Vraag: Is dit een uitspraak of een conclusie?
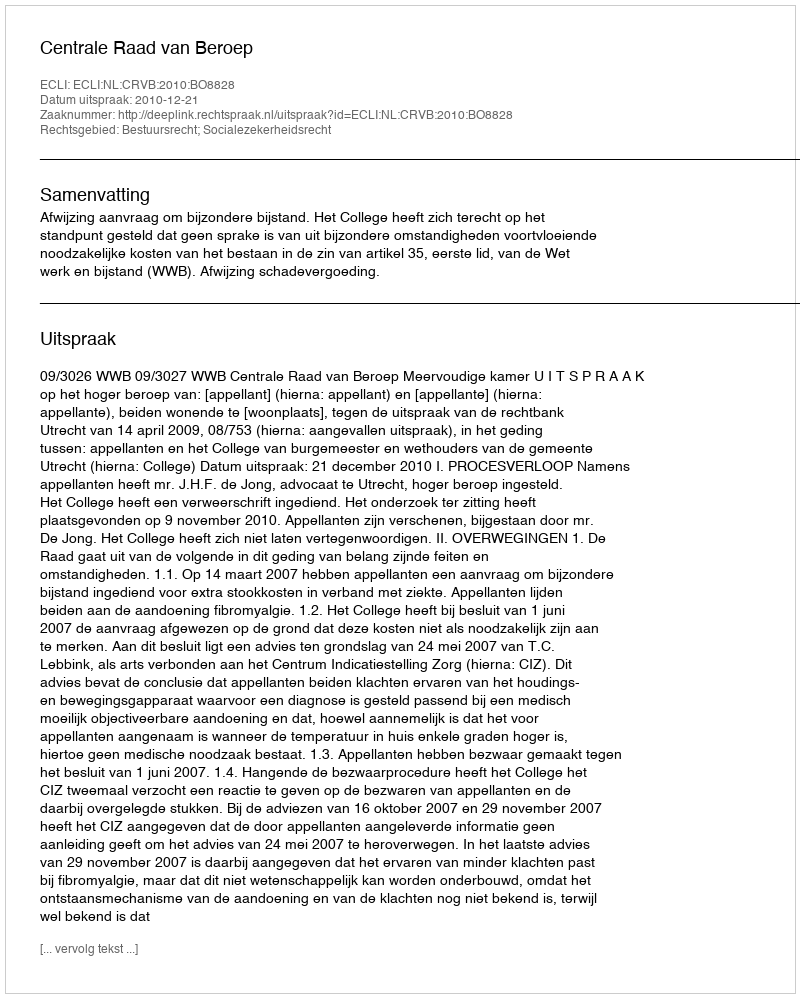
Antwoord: Uitspraak